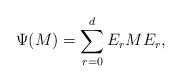
LaTeX: \begin{align*}\Psi(M) = \sum_{r=0}^d E_r M E_r,\end{align*}